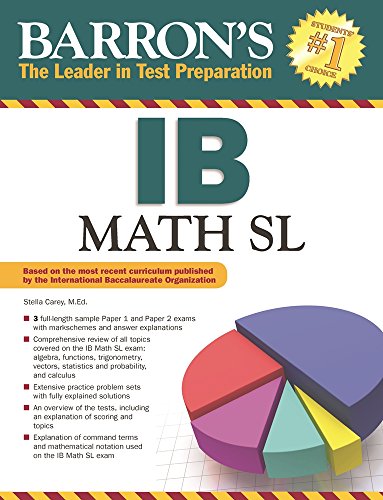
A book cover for Barron's IB Math SL; Stella Carey M.Ed.; Science & Math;